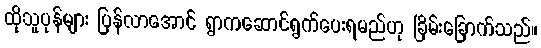
ထိုသူပုန်များ ပြန်လာအောင် ရွာကဆောင်ရွက်ပေးရမည်ဟု ခြိမ်းခြောက်သည်။